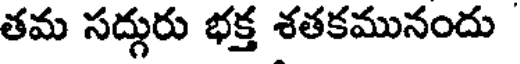
తమ సద్గురు భక్త శతకమునందు